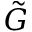
\tilde { G }